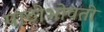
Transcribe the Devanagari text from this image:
पाठीभोवती